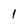
Character: I